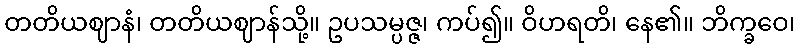
တတိယဈာနံ၊ တတိယဈာန်သို့။ ဥပသမ္ပဇ္ဇ၊ ကပ်၍။ ဝိဟရတိ၊ နေ၏။ ဘိက္ခဝေ၊